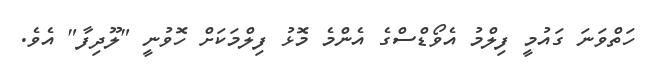
ހަތްވަނަ ގައުމީ ފިލްމު އެވޯޑްސްގެ އެންމެ މޮޅު ފިލްމަކަށް ހޮވުނީ "ލޫދިފާ" އެވެ.